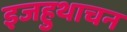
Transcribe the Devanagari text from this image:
इजहुथाचन